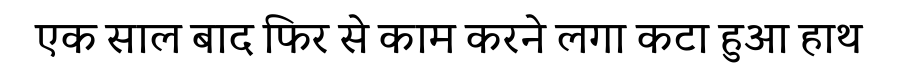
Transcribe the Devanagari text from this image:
एक साल बाद फिर से काम करने लगा कटा हुआ हाथ